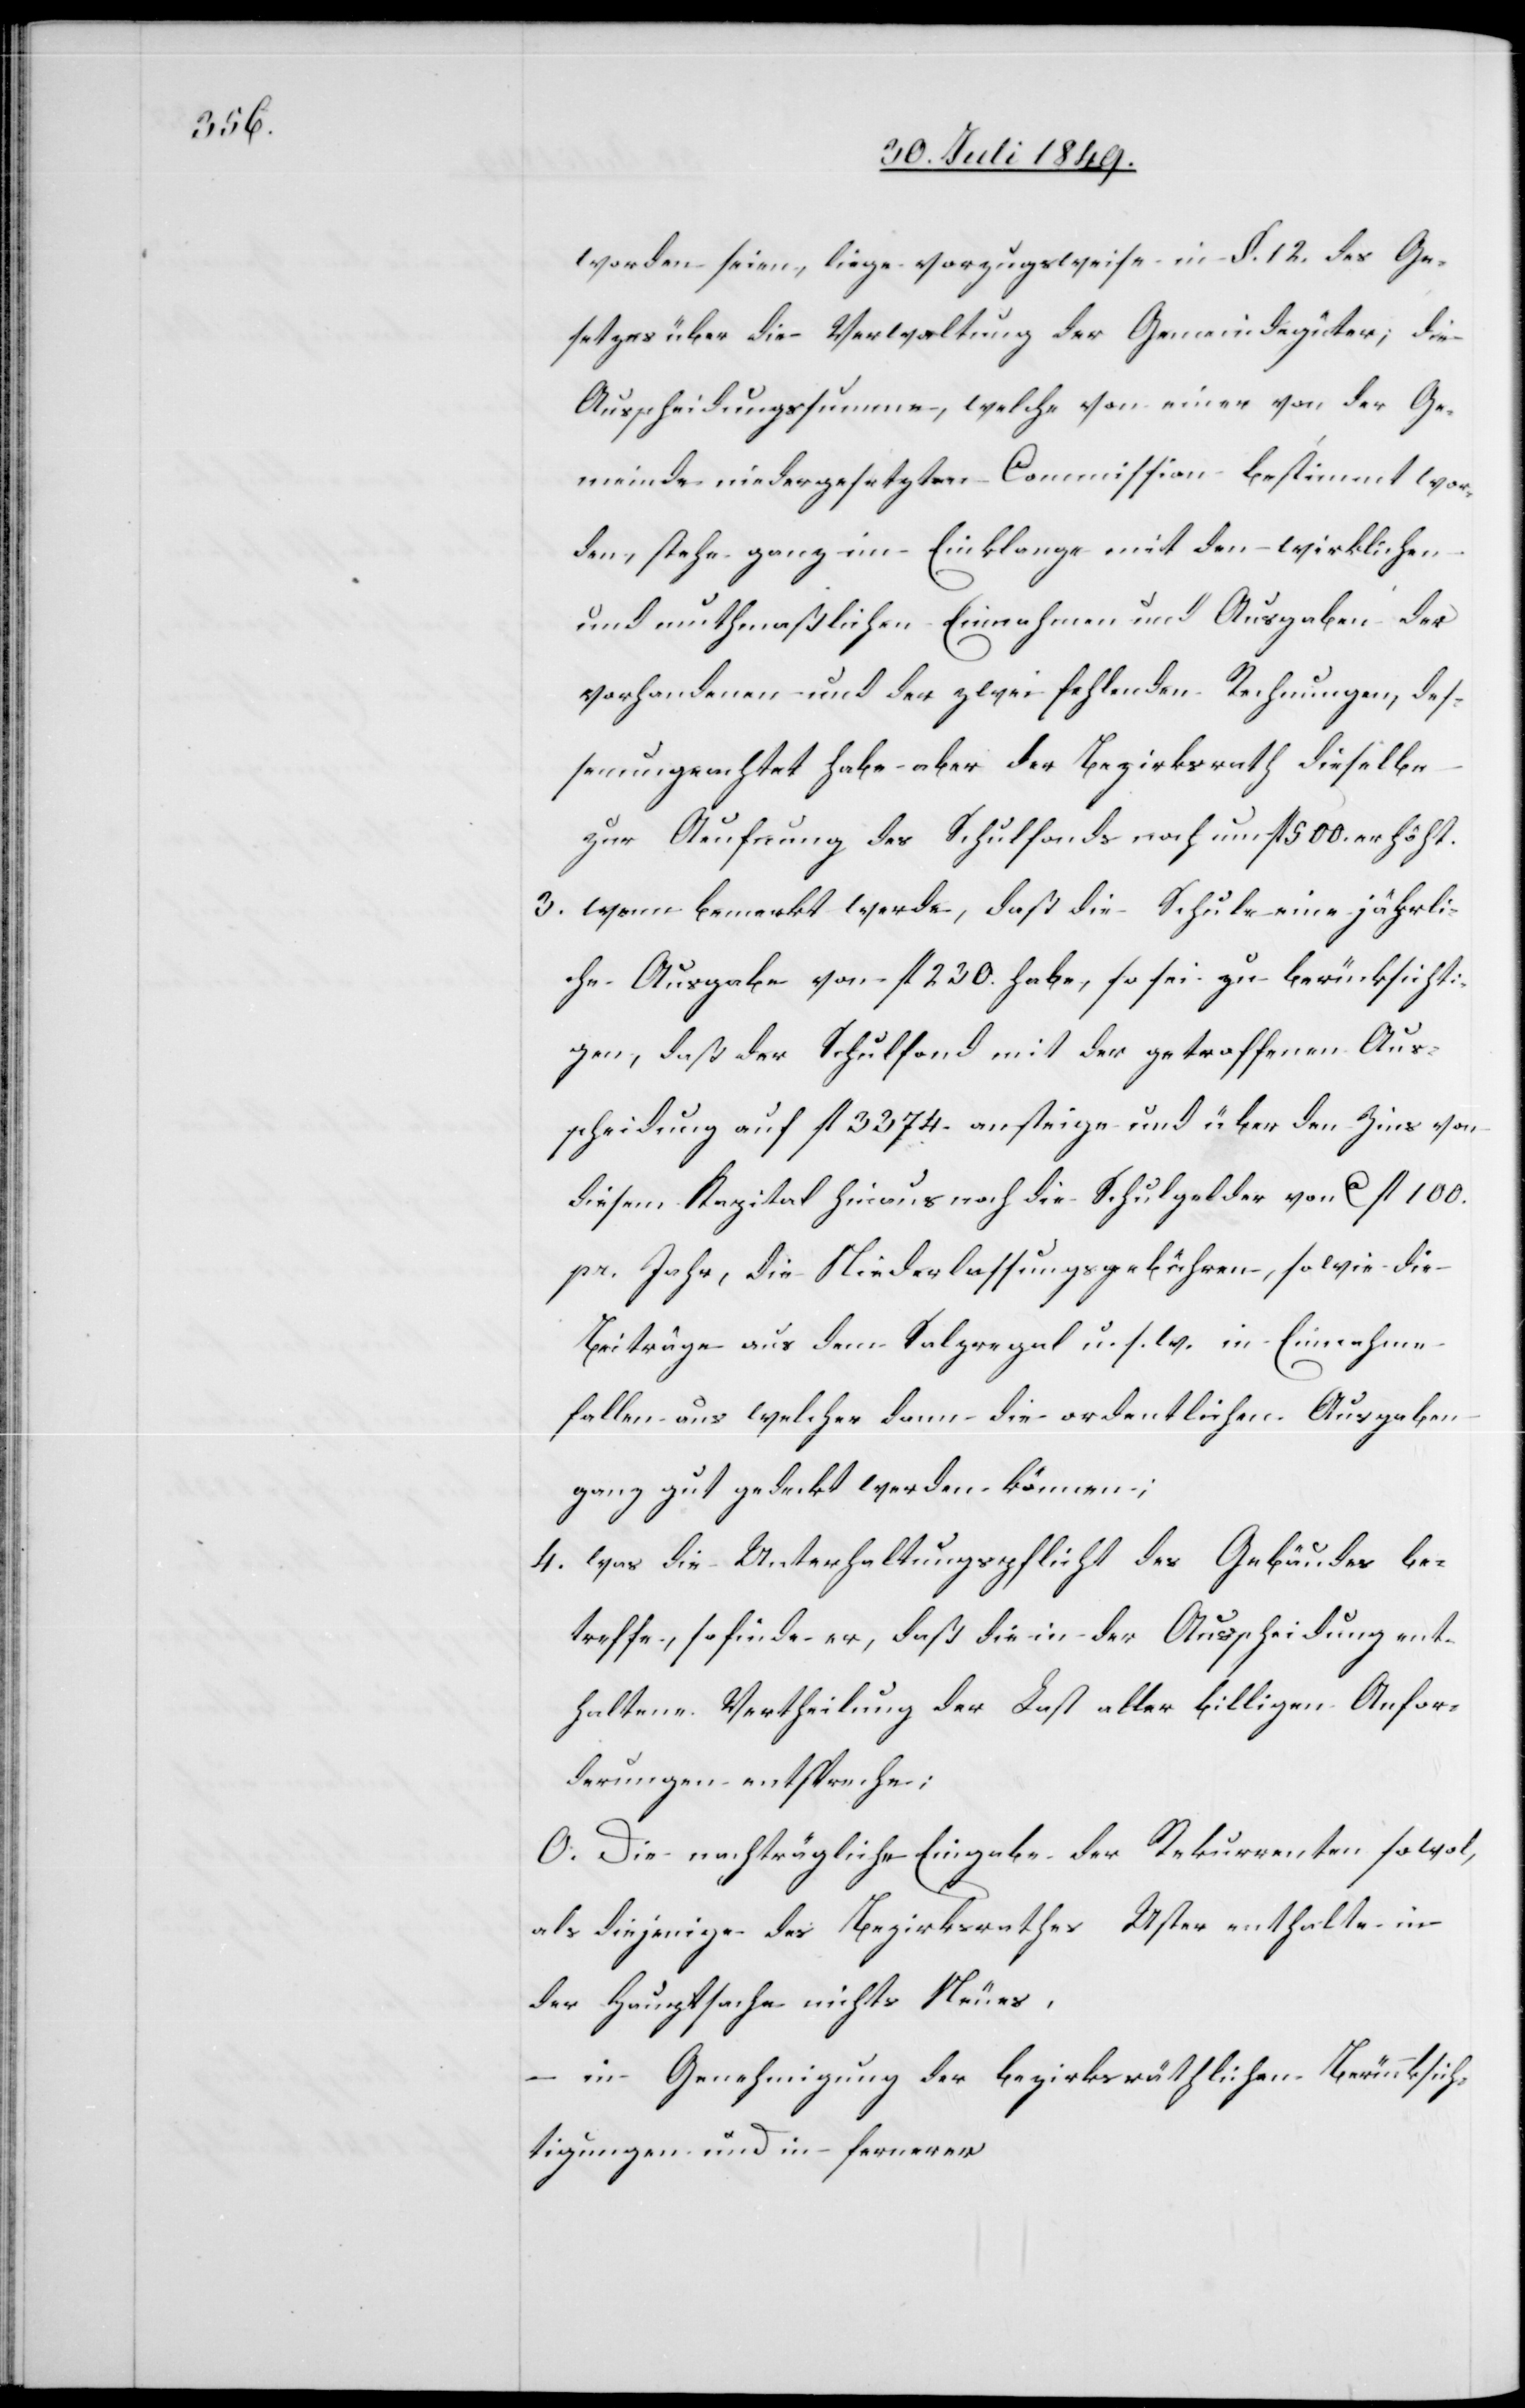
worden seien, liege vorzugsweise in §. 12. des Ge¬
setzes über die Verwaltung der Gemeindgüter; die
Ausscheidungssumme, welche von einer von der Ge¬
meinde niedergesetzten Commission bestimmt wor¬
den, stehe ganz im Einklagen mit den wirklichen
und muthmaßlichen Einnahmen und Ausgaben der
vorhandenen und der zwei fehlenden Rechnungen, des¬
sen ungeachtet habe aber der Bezirksrath dieselbe
zur Aeufnung des Schulfonds noch um fl. 500. erhöht.
3. wenn bemerkt werde, daß die Schule eine jährli¬
che Ausgabe von fl. 230. habe, so sei zu berücksicht¬
igen, daß der Schulfond mit der getroffenen Aus¬
scheidung auf fl. 3374. ansteige und über den Zins von
diesem Kapital hinaus noch die Schulgelder von ca fl. 100.
pr. Jahr, die Niederlassungsgebühren, so wie die
Beiträge aus dem Salzregal u. s. w. in Einnahme
fallen aus welcher dann die ordentlichen Ausgaben
ganz gut gedeckt werden können;
4. was die Unterhaltungspflicht des Gebäudes be¬
treffe, so finde er, daß die in der Ausscheidung ent¬
haltene Vertheilung der Last aller billigen Anfor¬
derungen entspreche;
O. Die nachträgliche Eingabe der Rekurrenten sowohl,
als diejenige des Bezirksrathes Uster enthalte in
der Hauptsache nichts Neues.
in Genehmigung der bezirksräthlichen Berücksich¬
tigungen und in fernerer